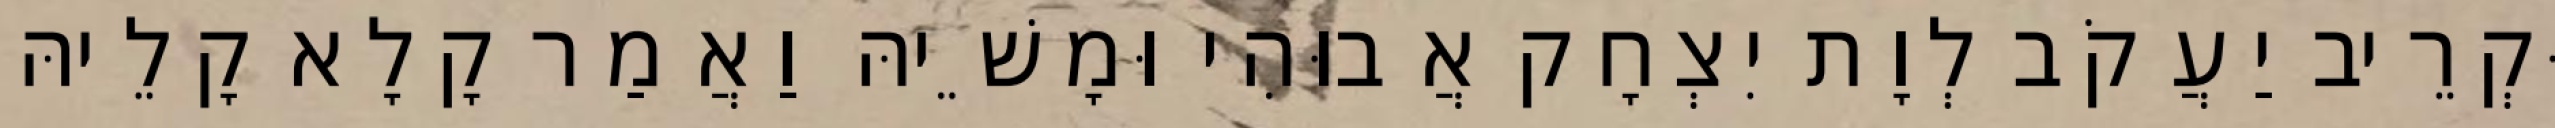
וּקְרֵיב יַעֲקֹב לְוָת יִצְחָק אֲבוּהִי וּמָשֵׁיהּ וַאֲמַר קָלָא קָלֵיהּ